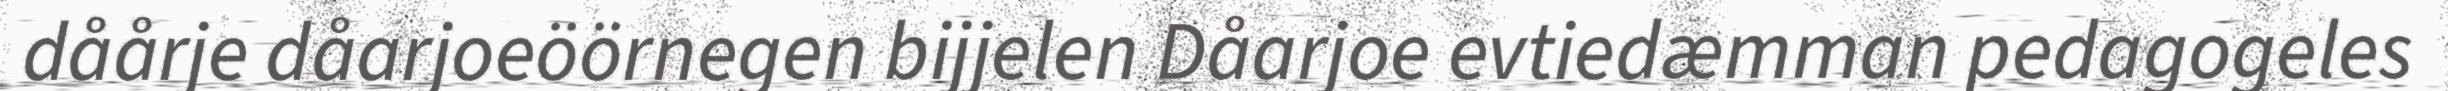
dåårje dåarjoeöörnegen bijjelen Dåarjoe evtiedæmman pedagogeles